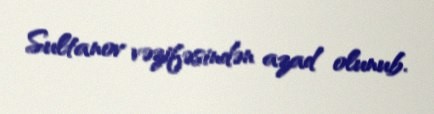
Sultanov vəzifəsindən azad olunub.